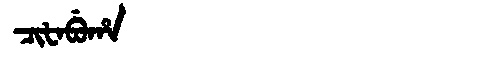
Manchu: ᠴᡳᡶᠠᠪᡠᡥᠠ
Romanization: CIFABUHA